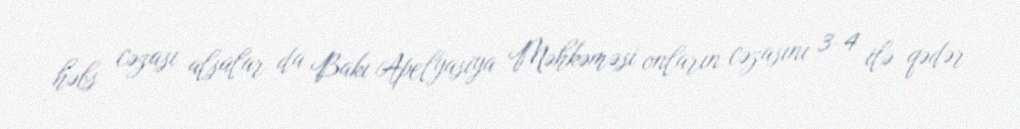
həbs cəzası alsalar da Bakı Apelyasiya Məhkəməsi onların cəzasını 3-4 ilə qədər